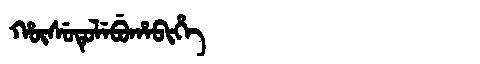
Manchu: ᡥᡡᠰᡠᡨᡠᠯᡝᠪᡠᡥᠠᠪᡳᡥᡝ
Romanization: HŪSUTULEBUHABIHE